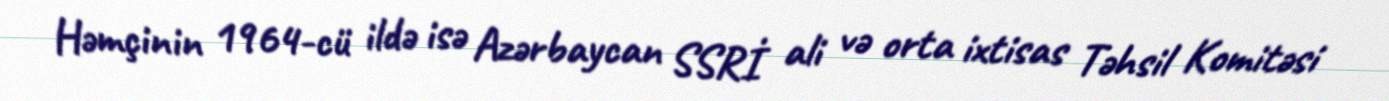
Həmçinin 1964-cü ildə isə Azərbaycan SSRİ ali və orta ixtisas Təhsil Komitəsi